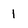
Character: 1